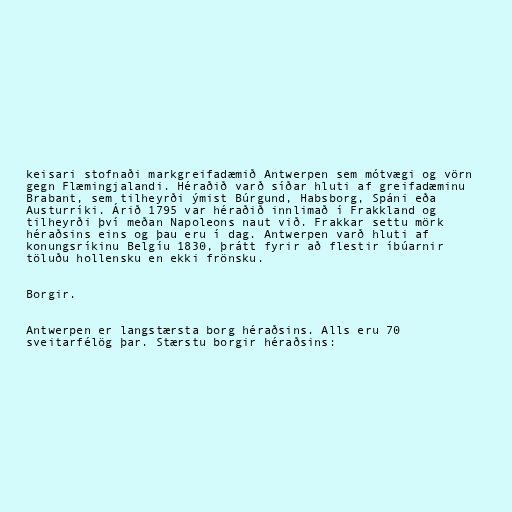
keisari stofnaði markgreifadæmið Antwerpen sem mótvægi og vörn
gegn Flæmingjalandi. Héraðið varð síðar hluti af greifadæminu
Brabant, sem tilheyrði ýmist Búrgund, Habsborg, Spáni eða
Austurríki. Árið 1795 var héraðið innlimað í Frakkland og
tilheyrði því meðan Napoleons naut við. Frakkar settu mörk
héraðsins eins og þau eru í dag. Antwerpen varð hluti af
konungsríkinu Belgíu 1830, þrátt fyrir að flestir íbúarnir
töluðu hollensku en ekki frönsku.

Borgir.

Antwerpen er langstærsta borg héraðsins. Alls eru 70
sveitarfélög þar. Stærstu borgir héraðsins: